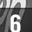
Digit: 6